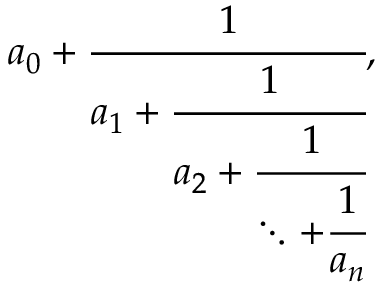
a _ { 0 } + { \cfrac { 1 } { a _ { 1 } + { \cfrac { 1 } { a _ { 2 } + { \cfrac { 1 } { \ddots + { \cfrac { 1 } { a _ { n } } } } } } } } } ,